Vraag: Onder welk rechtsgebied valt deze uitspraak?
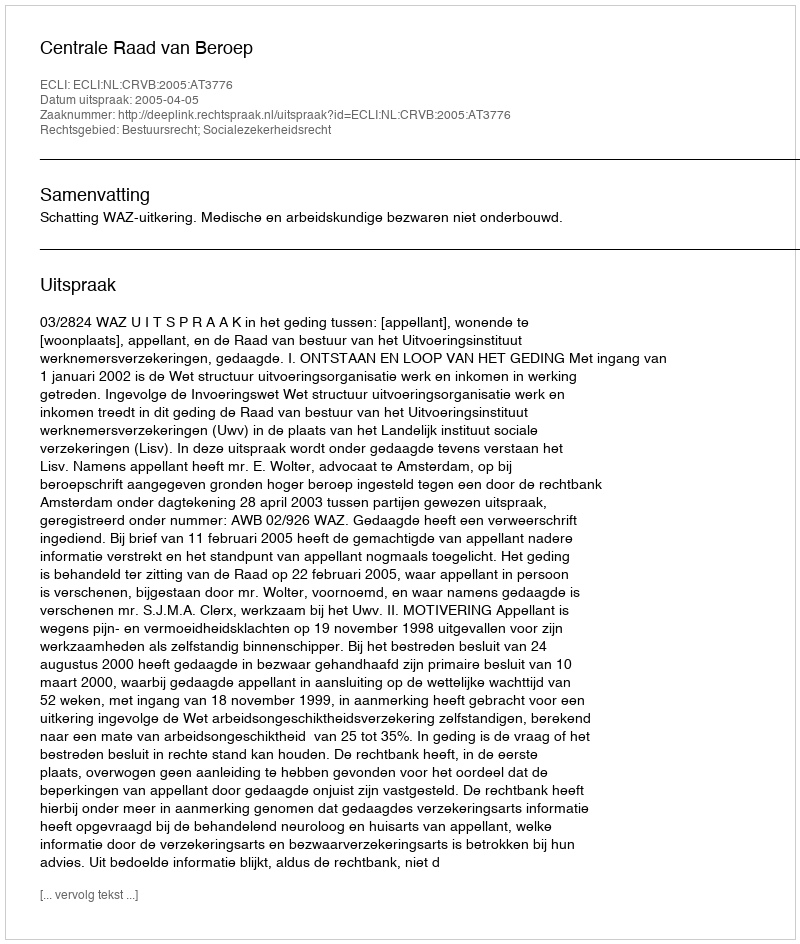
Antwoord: Bestuursrecht; Socialezekerheidsrecht